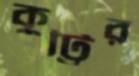
কুট্টির